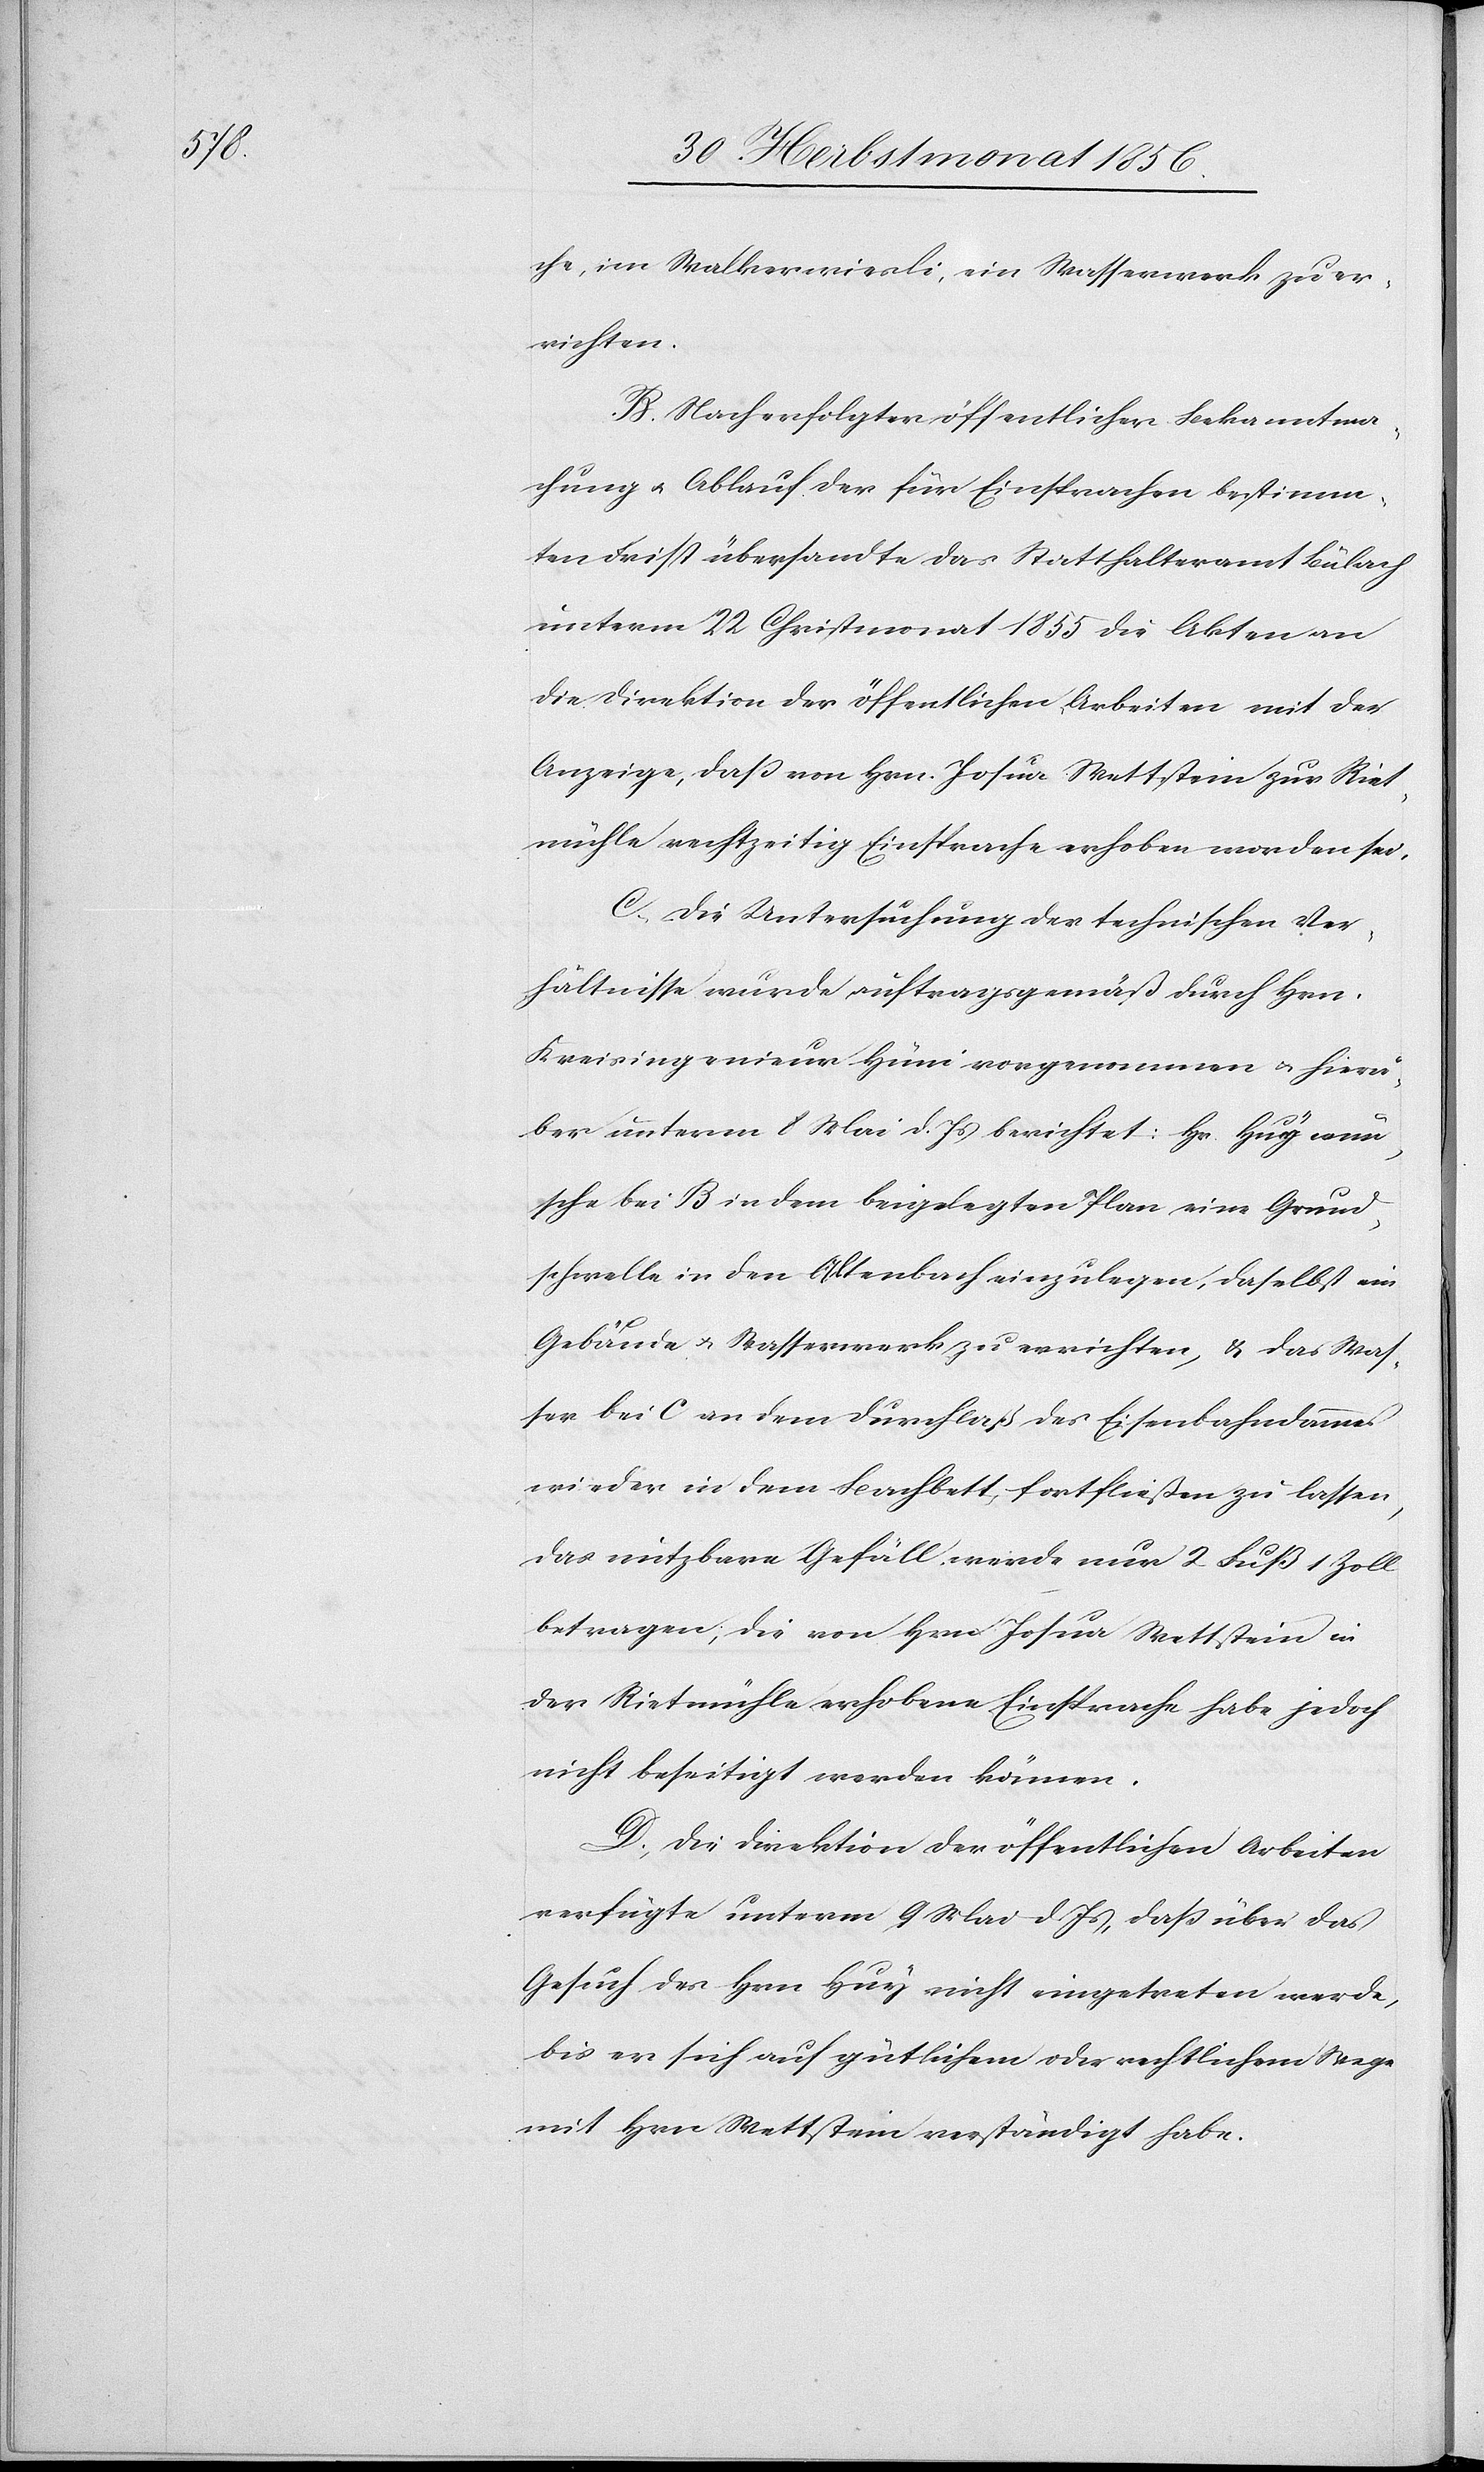
che, im Walkerwiesli, ein Wasserwerk zu er¬
richten.
B.) Nach erfolgter öffentlicher Bekanntma¬
chung u. Ablauf der für Einsprachen bestimm¬
ten Frist übersandte das Statthalteramt Bülach
unterm 22 Christmonat 1855 die Akten an
die Direktion der öffentlichen Arbeiten mit der
Anzeige, dass von Hrn. Josua Wettstein zur Riet¬
mühle rechtzeitig Einsprache erhoben worden sei.
C.) Die Untersuchung der technischen Ver¬
hältnisse wurde auftragsgemäß durch Hrn.
Kreisingenieur Hüni vorgenommen u. hierü¬
ber unterm 8 Mai d. Js berichtet: Hr. Huy wün¬
sche bei B in dem beigelegten Plan eine Grund¬
schwelle in den Altenbach einzulegen, daselbst ein
Gebäude u. Wasserwerk zu errichten, & das Was¬
ser bei C an dem Durchlaß des Eisenbahndammes
wieder in dem Bachbett, fortfließen zu lassen,
das nutzbare Gefäll werde nur 2 Fuß 1 Zoll
betragen; die von Hrn Josua Wettstein in
der Rietmühle erhobene Einsprache habe jedoch
nicht beseitigt werden können.
D.) Die Direktion der öffentlichen Arbeiten
verfügte unterm 9 Mai d. Js, dass über das
Gesuch des Hrn Huy nicht eingetreten werde,
bis er sich auf gütlichem oder rechtlichem Wege
mit Hrn Wettstein verständigt habe.